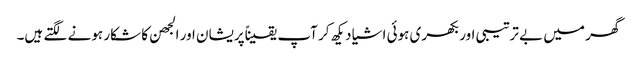
گھر میں بے ترتیبی اور بکھری ہوئی اشیا دیکھ کر آپ یقیناًپریشان اور الجھن کا شکار ہونے لگتے ہیں۔